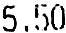
5.50